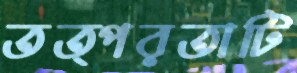
তত্পরতাটি